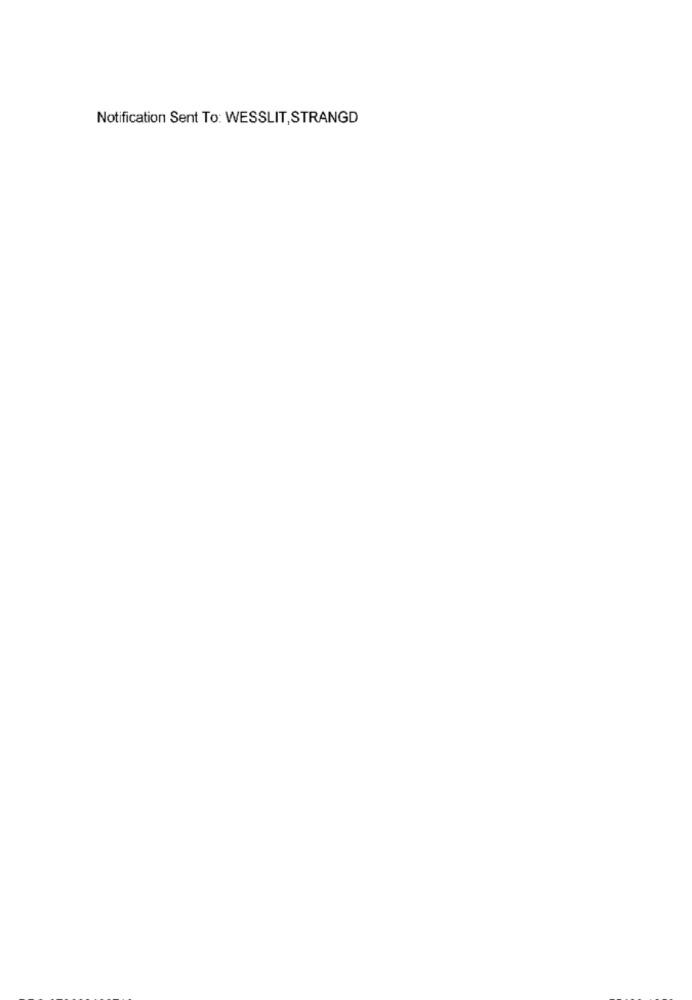
Notification Sent To: WESSLIT,STRANGD